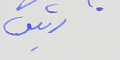
رئيس